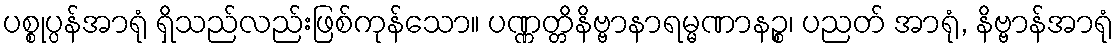
ပစ္စုပ္ပန်အာရုံ ရှိသည်လည်းဖြစ်ကုန်သော။ ပဏ္ဏတ္တိနိဗ္ဗာနာရမ္မဏာနဉ္စ၊ ပညတ် အာရုံ, နိဗ္ဗာန်အာရုံ